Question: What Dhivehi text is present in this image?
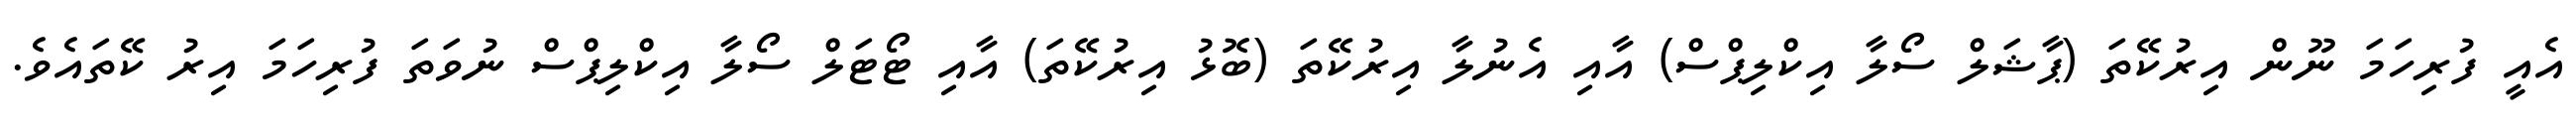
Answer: އެއީ ފުރިހަމަ ނޫން އިރުކޭތަ (ޕާޝަލް ސޯލާ އިކްލިޕްސް) އާއި އެނުލާ އިރުކޭތަ (ބޮޅު އިރުކޭތަ) އާއި ޓޯޓަލް ސޯލާ އިކްލިޕްސް ނުވަތަ ފުރިހަމަ އިރު ކޭތައެވެ.